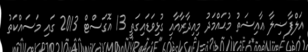
އަލްފާޟިލާ ޢާއިޝަތު މުޙައްމަދު މިއިދާރާއާއި ގުޅިވަޑައިގަތީ 13 އޮގަސްޓް 2013 ގައި މަސައްކަތު